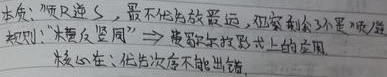
本质：反应S，最不优故最远，但剩余环不是喷/烃
规则：“木桶反竖”→费歇尔投影式上的应用
核心点：低位次不能出错